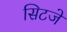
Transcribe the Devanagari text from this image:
सिटजे